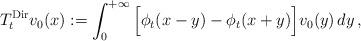
LaTeX: \begin{align*} T^{\textrm{Dir}}_tv_0(x):=\int_0^{{+\infty}}\Big[\phi_t(x-y)-\phi_t(x+y)\Big]v_0(y)\,dy\,,\end{align*}